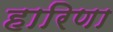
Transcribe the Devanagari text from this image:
हारिणा